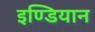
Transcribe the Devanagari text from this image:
इण्डियान